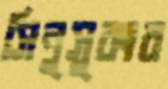
সিনুসুকার